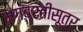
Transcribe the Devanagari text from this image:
भगव्रतीसूत्र